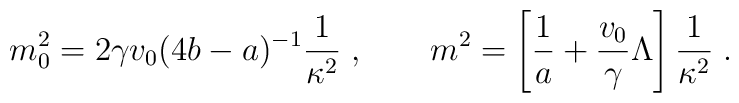
m_0^2 =2\gamma v_0(4b-a)^{-1} \frac{1}{\kappa^2}\; , \qquad  m^2 = \left[ \frac{1}{a} + \frac{v_0}{\gamma}\Lambda \right]\frac{1}{\kappa^2}\; .